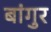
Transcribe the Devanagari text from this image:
बांगुर